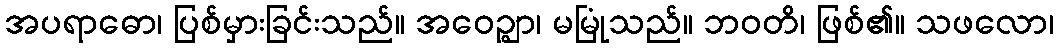
အပရာဓော၊ ပြစ်မှားခြင်းသည်။ အဝေဉ္ဈာ၊ မမြုံသည်။ ဘဝတိ၊ ဖြစ်၏။ သဖလော၊